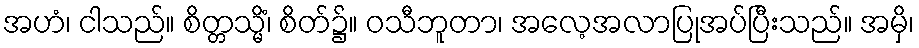
အဟံ၊ ငါသည်။ စိတ္တသ္မိံ၊ စိတ်၌။ ဝသီဘူတာ၊ အလေ့အလာပြုအပ်ပြီးသည်။ အမှိ၊